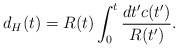
\begin{align*}d_H(t)=R(t)\int_0^t\frac{dt'c(t')}{R(t')}.\end{align*}